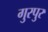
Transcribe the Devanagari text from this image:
गुरपुर